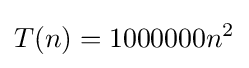
T(n)=1000000n^{2}